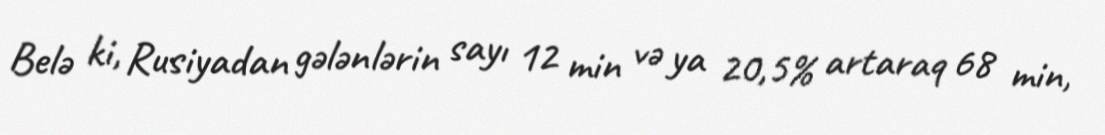
Belə ki, Rusiyadan gələnlərin sayı 12 min və ya 20,5% artaraq 68 min,